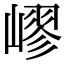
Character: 嵺